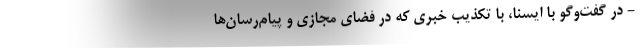
- در گفت‌وگو با ایسنا، با تکذیب خبری که در فضای مجازی و پیام‌رسان‌ها